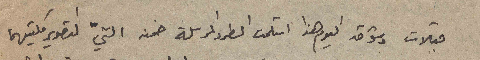
قبلات وشوق اليوم هذا استلمت الطرد المرسلة ضمنه التيّ التصوير كلتيهما